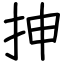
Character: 抻